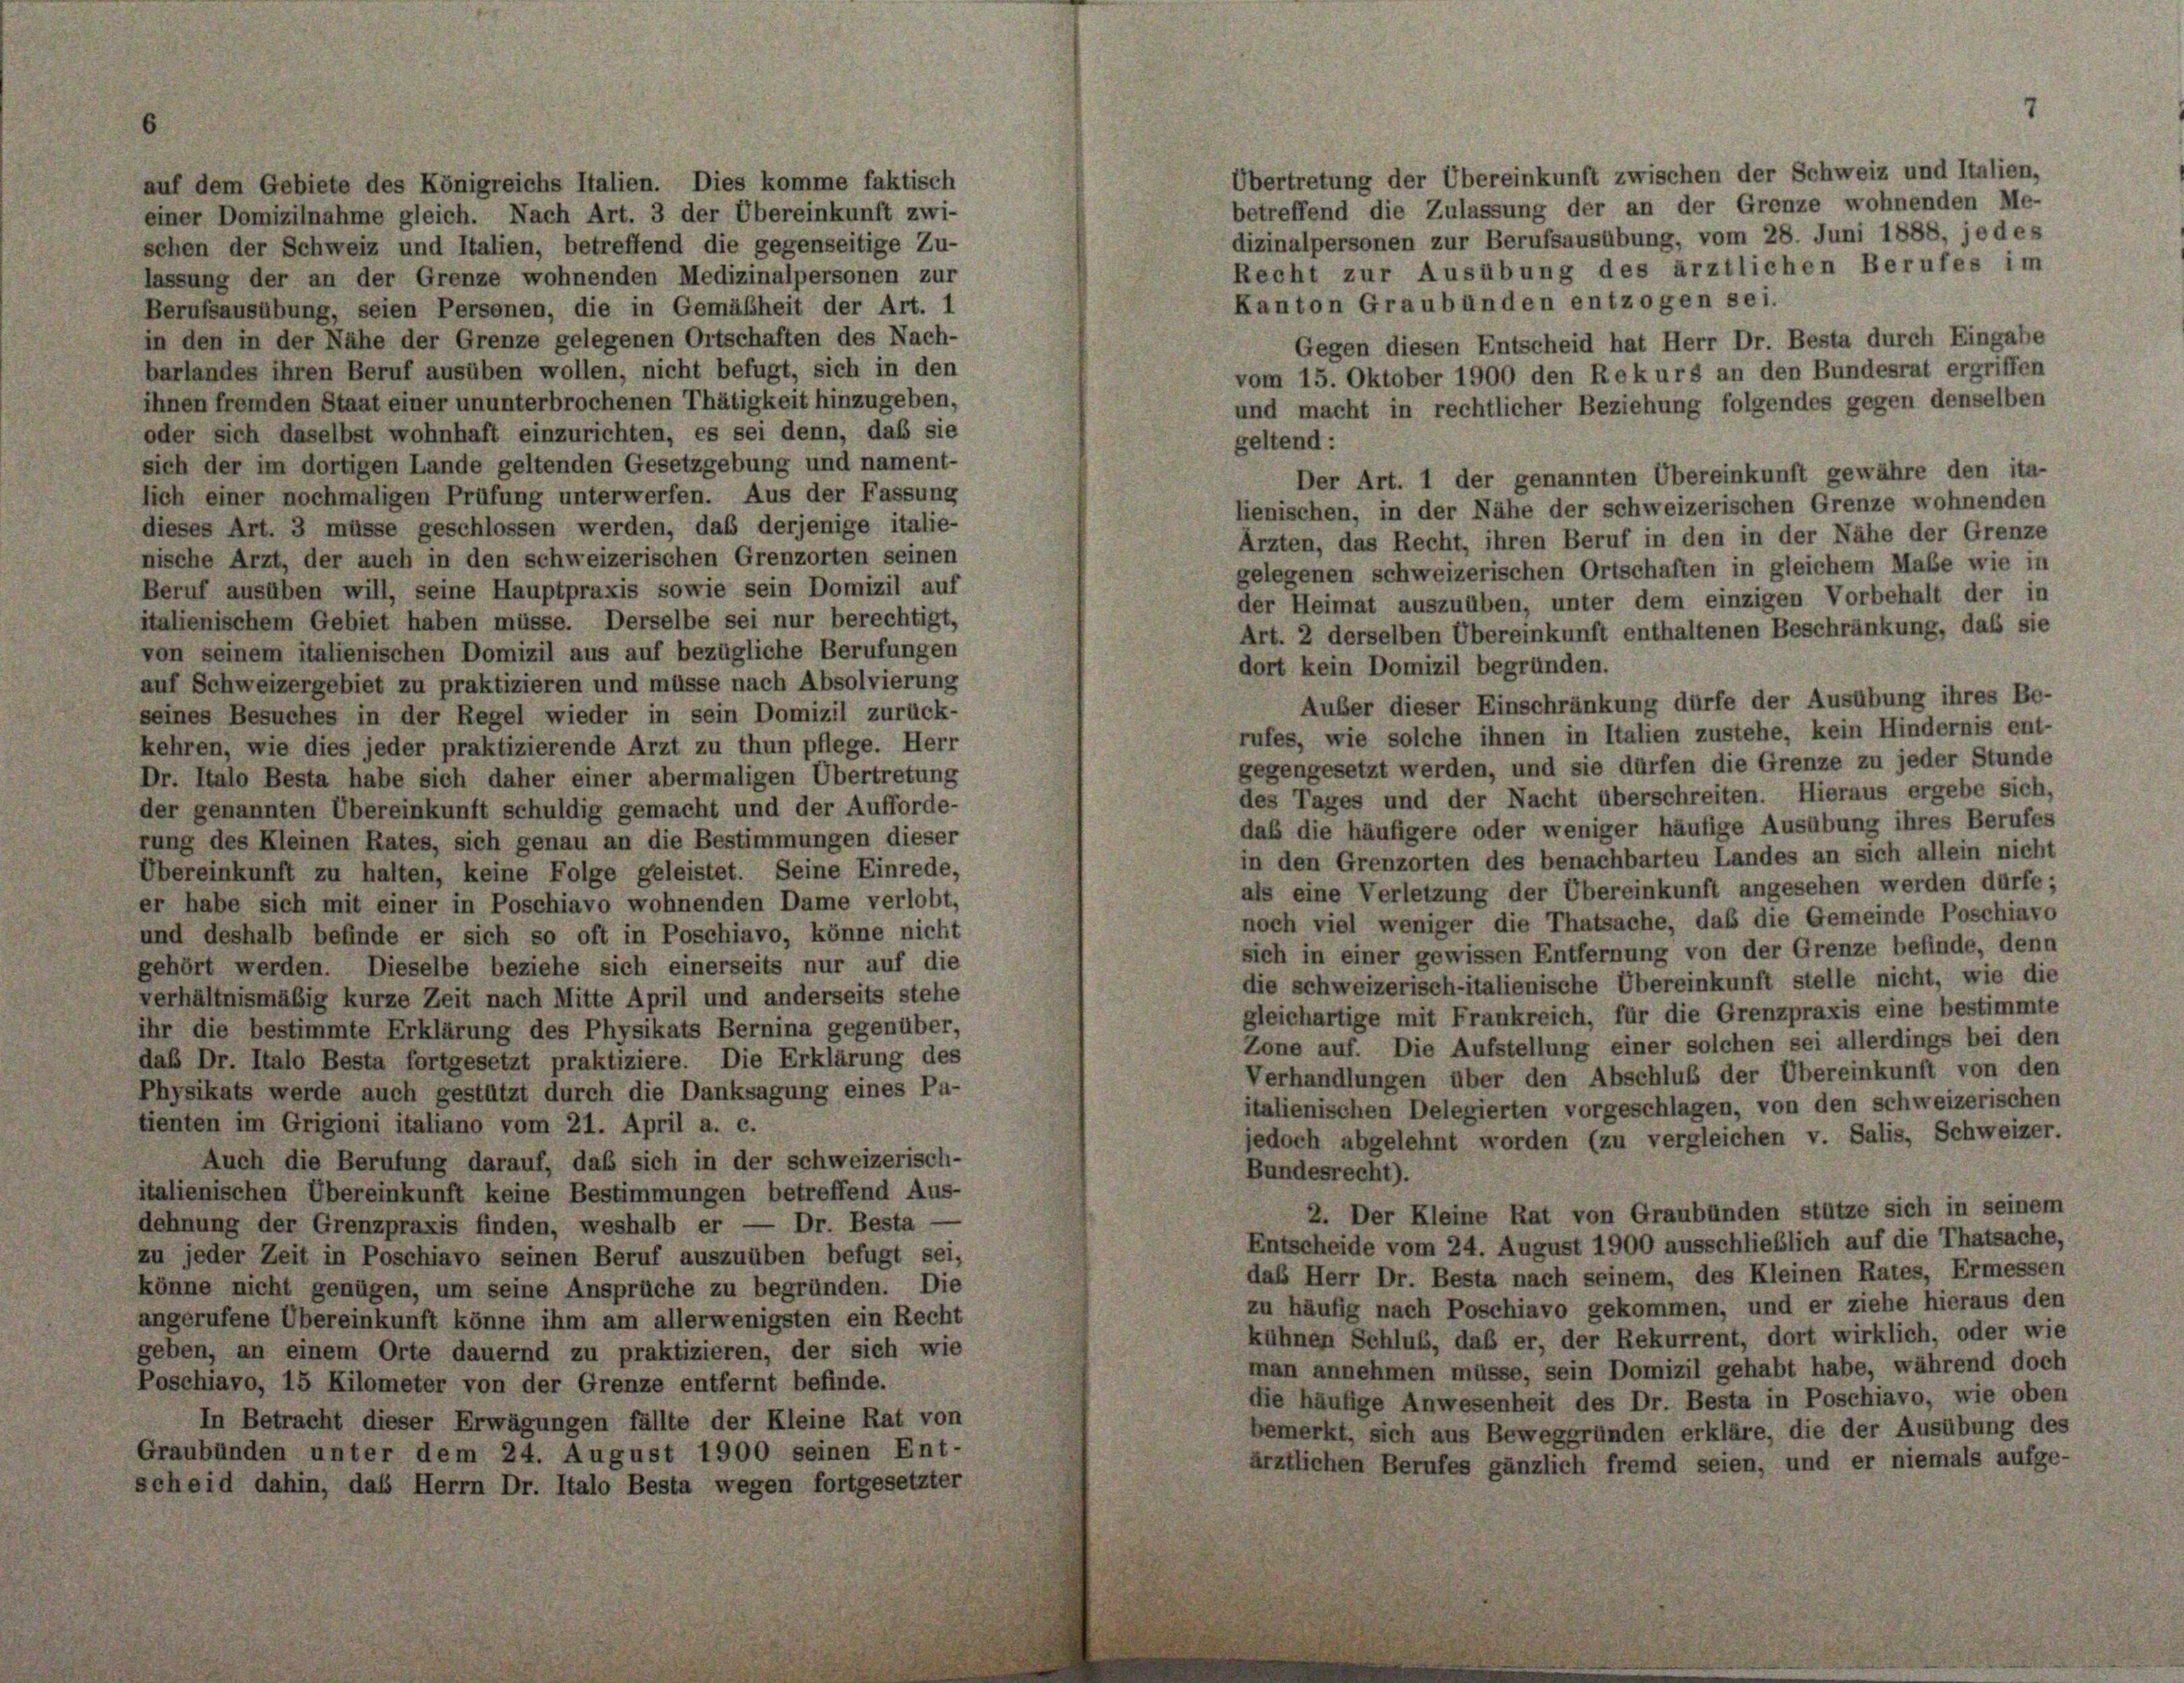
auf dem Gebiete des Königreichs Italien. Dies komme faktisch
einer Domizilnahme gleich. Nach Art. 3 der Übereinkunft zwi-
schen der Schweiz und Italien, betreffend die gegenseitige Zu-
lassung der an der Grenze wohnenden Medizinalpersonen zur
Berufsausübung, seien Personen, die in Gemäßheit der Art. 1
in den in der Nähe der Grenze gelegenen Ortschaften des Nach-
barlandes ihren Beruf ausüben wollen, nicht befugt, sich in den
ihnen fremden Staat einer ununterbrochenen Thätigkeit hinzugeben,
oder sich daselbst wohnhaft einzurichten, es sei denn, daß sie
sich der im dortigen Lande geltenden Gesetzgebung und nament-
lich einer nochmaligen Prüfung unterwerfen. Aus der Fassung
dieses Art. 3 müsse geschlossen werden, daß derjenige italie-
nische Arzt, der auch in den schweizerischen Grenzorten seinen
Beruf ausüben will, seine Hauptpraxis sowie sein Domizil auf
italienischem Gebiet haben müsse. Derselbe sei nur berechtigt,
von seinem italienischen Domizil aus auf bezügliche Berufungen
auf Schweizergebiet zu praktizieren und müsse nach Absolvierung
seines Besuches in der Regel wieder in sein Domizil zurück-
kehren, wie dies jeder praktizierende Arzt zu thun pflege. Herr
Dr. Italo Besta habe sich daher einer abermaligen Übertretung
der genannten Übereinkunft schuldig gemacht und der Aufforde-
rung des Kleinen Rates, sich genau an die Bestimmungen dieser
Übereinkunft zu halten, keine Folge geleistet. Seine Einrede,
er habe sich mit einer in Poschiavo wohnenden Dame verlobt,
und deshalb befinde er sich so oft in Poschiavo, könne nicht
gehört werden. Dieselbe beziehe sich einerseits nur auf die
verhältnismäßig kurze Zeit nach Mitte April und anderseits stehe
ihr die bestimmte Erklärung des Physikats Bernina gegenüber,
daß Dr. Italo Besta fortgesetzt praktiziere. Die Erklärung des
Physikats werde auch gestützt durch die Danksagung eines Pu-
tienten im Grigioni italiano vom 21. April a. c.
Auch die Berufung darauf, daß sich in der schweizerisch-
italienischen Übereinkunft keine Bestimmungen betreffend Aus-
dehnung der Grenzpraxis finden, weshalb er — Dr. Besta —
zu jeder Zeit in Poschiavo seinen Beruf auszuüben befugt sei,
könne nicht genügen, um seine Ansprüche zu begründen. Die
angerufene Übereinkunft könne ihm am allerwenigsten ein Recht
geben, an einem Orte dauernd zu praktizieren, der sich wie
Poschiavo, 15 Kilometer von der Grenze entfernt befinde.
In Betracht dieser Erwägungen fällte der Kleine Rat von
Graubünden unter dem 24. August 1900 seinen Ent-
scheid dahin, das Herrn Dr. Italo Besta wegen fortgesetzter

Übertretung der Übereinkunft zwischen der Schweiz und Italien,
betreffend die Zulassung der an der Grenze wohnenden Me-
dizinalpersonen zur Berufsausübung, vom 28. Juni 1888, jedes
Recht zur Ausübung des ärztlichen Berufes im
Kanton Graubünden entzogen sei.
Gegen diesen Entscheid hat Herr Dr. Besta durch Eingabe
vom 15. Oktober 1900 den Rekurs an den Bundesrat ergriffen
und macht in rechtlicher Beziehung folgendes gegen denselben
geltend:
Der Art. 1 der genannten Übereinkunft gewähre den ita-
lienischen, in der Nähe der schweizerischen Grenze wohnenden
Ärzten, das Recht, ihren Beruf in den in der Nähe der Grenze
gelegenen schweizerischen Ortschaften in gleichem Maße wie in
der Heimat auszuüben, unter dem einzigen Vorbehalt der in
Art. 2 derselben Übereinkunft enthaltenen Beschränkung, daß sie
dort kein Domizil begründen.
Außer dieser Einschränkung dürfe der Ausübung ihres Be-
rufes, wie solche ihnen in Italien zustehe, kein Hindernis ent-
gegengesetzt werden, und sie dürfen die Grenze zu jeder Stunde
des Tages und der Nacht überschreiten. Hieraus ergebe sich,
daß die häufigere oder weniger häufige Ausübung ihres Berufes
in den Grenzorten des benachbarten Landes an sich allein nicht
als eine Verletzung der Übereinkunft angesehen werden dürfe;
noch viel weniger die Thatsache, daß die Gemeinde Poschiavo
sich in einer gewissen Entfernung von der Grenze befinde, denn
die schweizerisch-italienische Übereinkunft stelle nicht, wie die
gleichartige mit Frankreich, für die Grenzpraxis eine bestimmte
Zone auf. Die Aufstellung einer solchen sei allerdings bei den
Verhandlungen über den Abschluß der Übereinkunft von den
italienischen Delegierten vorgeschlagen, von den schweizerischen
jedoch abgelehnt worden (zu vergleichen v. Salis, Schweizer.
Bundesrecht).
2. Der Kleine Rat von Graubünden stütze sich in seinem
Entscheide vom 24. August 1900 ausschließlich auf die Thatsache,
daß Herr Dr. Besta nach seinem, des Kleinen Rates, Ermesse,
zu häufig nach Poschiavo gekommen, und er ziehe hieraus der
kühnen Schluß, daß er, der Rekurrent, dort wirklich, oder wie
man annehmen müsse, sein Domizil gehabt habe, während doch
die häufige Anwesenheit des Dr. Besta in Poschiavo, wie ober
bemerkt, sich aus Beweggründen erkläre, die der Ausübung de
ärztlichen Berufes gänzlich fremd seien, und er niemals aufge